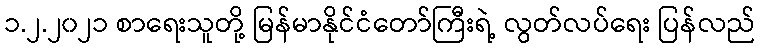
၁.၂.၂၀၂၁ စာရေးသူတို့ မြန်မာနိုင်ငံတော်ကြီးရဲ့ လွတ်လပ်ရေး ပြန်လည်